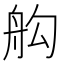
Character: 𦨛